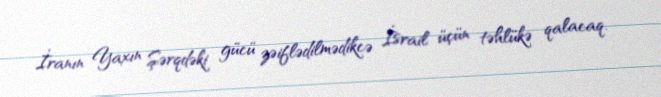
İranın Yaxın Şərqdəki gücü zəiflədilmədikcə İsrail üçün təhlükə qalacaq.